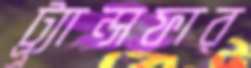
ট্র্র্যান্সফার